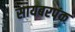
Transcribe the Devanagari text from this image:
सायबरपंक